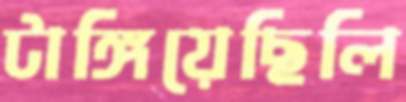
টাঙ্গিয়েছিলি